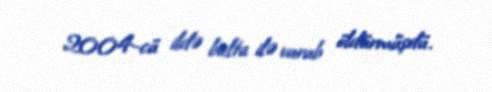
2004-cü ildə balta ilə vurub öldürmüşdü.